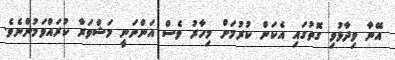
އޭނާ ވިދާޅުވި ގޮތުގައި އެކަން ކުރުމަށް މިހާރު ވެސް އަންނަނީ މަޝްވަރާ ކުރައްވަމުންނެވެ.